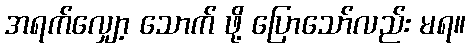
အရက်လျှော့ သောက် ဖို့ ပြောသော်လည်း မရ။